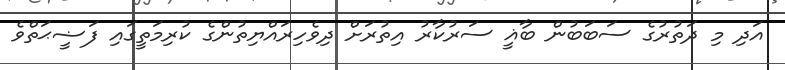
އަދި މި ދަތުރުގެ ސަބަބުން ބާޣީ ސަރުކާރު އިތުރަށް ދިވެހިރައްޔިތުންގެ ކުރިމަތީގައި ފަޟީޙަތްވެ